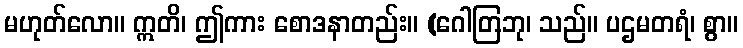
မဟုတ်လော။ ဣတိ၊ ဤကား စောဒနာတည်း။ (ဂေါတြဘု၊ သည်။ ပဌမတရံ၊ စွာ။